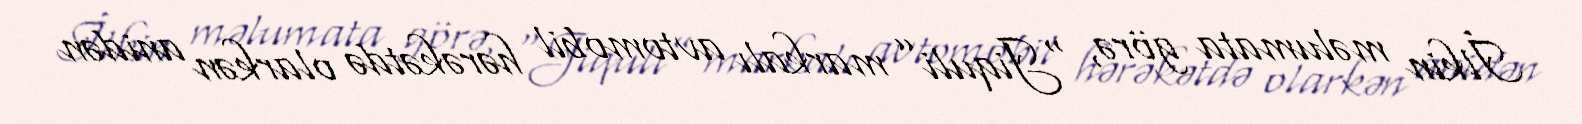
İlkin məlumata görə, “Jiquli” markalı avtomobil hərəkətdə olarkən anidən